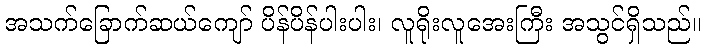
အသက်ခြောက်ဆယ်ကျော် ပိန်ပိန်ပါးပါး၊ လူရိုးလူအေးကြီး အသွင်ရှိသည်။